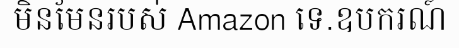
មិនមែនរបស់ Amazon ទេ.ឧបករណ៍